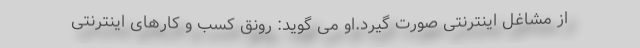
از مشاغل اینترنتی صورت گیرد.او می گوید: رونق کسب و کارهای اینترنتی